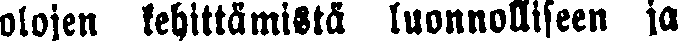
olojen kehittämistä luonnolliseen ja